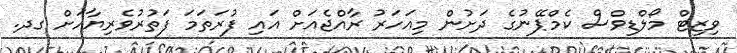
ވިޒިޓް މޯލްޑިވްސް ކެމްޕޭނުގެ ދަށުން މިއަހަރު ރާއްޖެއަށް އައި ފުރަތަމަ ފަތުރުވެރިޔާއަށް ގދ.